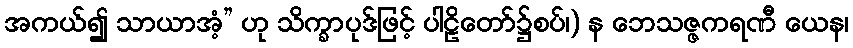
အကယ်၍ သာယာအံ့” ဟု သိက္ခာပုဒ်ဖြင့် ပါဠိတော်၌စပ်၊) န ဘေသဇ္ဇကရဏီ ယေန၊